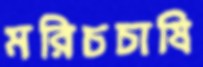
মরিচচাষি